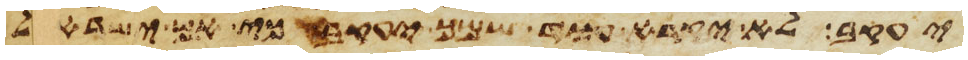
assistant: יעקב לא יקרא עוד שמך יעקב כי אם ישראל